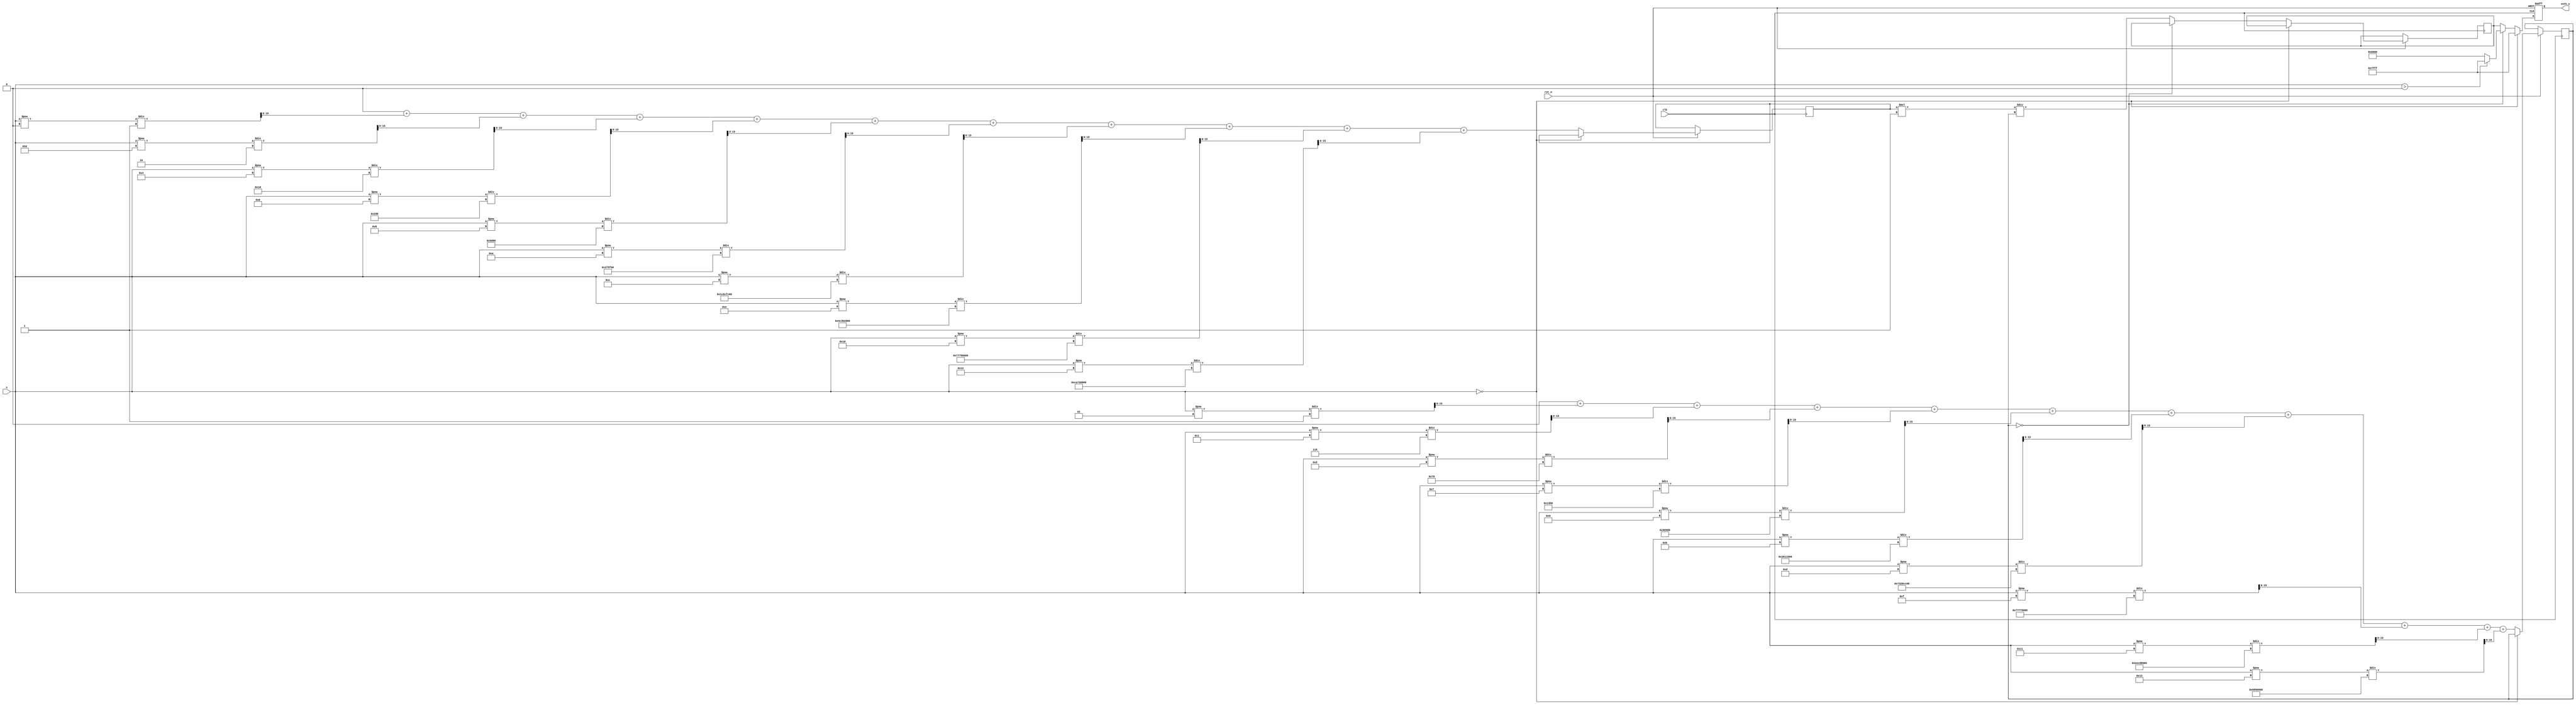
module hyperbolic_cotangent (
    input wire clk,
    input wire rst_n,
    input wire [15:0] x, // Fixed-point input
    output reg [15:0] coth_x // Fixed-point output
);

    // Internal signals
    reg [15:0] sinh_x;
    reg [15:0] cosh_x;
    reg [15:0] temp_coth;
    reg valid;

    // Constants for fixed-point representation
    parameter MAX_VALUE = 16'h7FFF; // Maximum value for 16-bit signed fixed-point
    parameter MIN_VALUE = 16'h8000; // Minimum value for 16-bit signed fixed-point

    // Function to compute sinh(x) using Taylor series expansion
    function [15:0] sinh;
        input [15:0] x;
        reg [31:0] sum;
        integer i;
        begin
            sum = 0;
            for (i = 0; i < 10; i = i + 1) begin // 10 terms for approximation
                sum = sum + ((x ** (2 * i + 1)) / factorial(2 * i + 1));
            end
            sinh = sum[15:0]; // Return lower 16 bits
        end
    endfunction

    // Function to compute cosh(x) using Taylor series expansion
    function [15:0] cosh;
        input [15:0] x;
        reg [31:0] sum;
        integer i;
        begin
            sum = 0;
            for (i = 0; i < 10; i = i + 1) begin // 10 terms for approximation
                sum = sum + ((x ** (2 * i)) / factorial(2 * i));
            end
            cosh = sum[15:0]; // Return lower 16 bits
        end
    endfunction

    // Function to compute factorial
    function [31:0] factorial;
        input integer n;
        integer i;
        begin
            factorial = 1;
            for (i = 1; i <= n; i = i + 1) begin
                factorial = factorial * i;
            end
        end
    endfunction

    // Main computation block
    always @(posedge clk or negedge rst_n) begin
        if (!rst_n) begin
            coth_x <= 16'h0000; // Reset output
            valid <= 0;
        end else begin
            // Handle special case for x = 0
            if (x == 16'h0000) begin
                coth_x <= MAX_VALUE; // Return max value for undefined
                valid <= 1;
            end else begin
                // Compute sinh(x) and cosh(x)
                sinh_x <= sinh(x);
                cosh_x <= cosh(x);

                // Check for overflow/underflow
                if (sinh_x == 0) begin
                    coth_x <= (x > 0) ? MAX_VALUE : MIN_VALUE; // Handle overflow
                end else begin
                    // Compute coth(x) = cosh(x) / sinh(x)
                    temp_coth <= (cosh_x * 16'h0001) / sinh_x; // Fixed-point division
                    coth_x <= temp_coth;
                end
                valid <= 1;
            end
        end
    end

endmodule